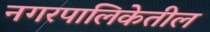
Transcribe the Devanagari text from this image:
नगरपालिकेतील